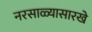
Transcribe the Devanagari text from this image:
नरसाळ्यासारखे